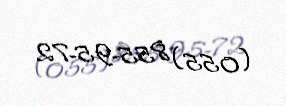
(055) 855-95-72